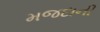
મજદાની